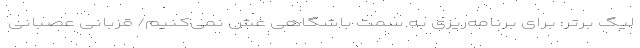
لیگ برتر: برای برنامه‌ریزی به سمت باشگاهی غش نمی‌کنیم/ قربانی عصبانی